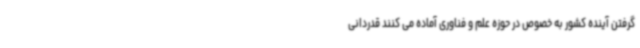
گرفتن آینده کشور به خصوص در حوزه علم و فناوری آماده می کنند قدردانی